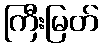
ကြီးမြတ်